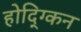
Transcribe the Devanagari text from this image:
होद्ग्किन